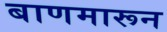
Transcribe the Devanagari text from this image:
बाणमारून